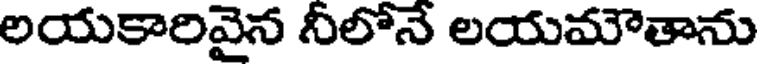
లయకారివైన నీలోనే లయమౌతాను